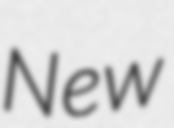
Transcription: New